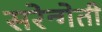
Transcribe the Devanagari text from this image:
सरेन्गेती